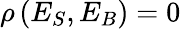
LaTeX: \rho\, (E_{S},E_{B})=0